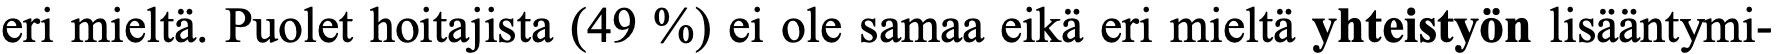
eri mieltä. Puolet hoitajista (49 %) ei ole samaa eikä eri mieltä yhteistyön lisääntymi-